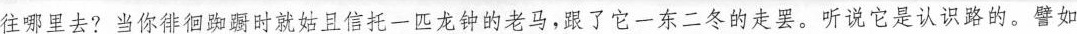
往哪里去？当你徘徊踟蹰时就姑且信托一匹龙钟的老马，跟了它一东二冬的走吧。听说它是认识路的。譬如